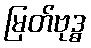
မြတ်ဗုဒ္ဓ